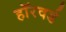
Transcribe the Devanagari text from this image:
हॉरवर्ड